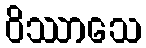
ဝိဿာသေ